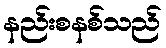
နည်းစနစ်သည်